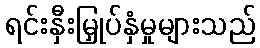
ရင်းနှီးမြှုပ်နှံမှုများသည်